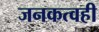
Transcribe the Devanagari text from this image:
जनकत्वही